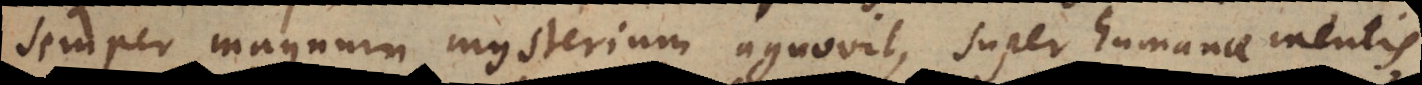
semper magnum mysterium agnovit, super humanae mentis